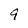
Character: 9